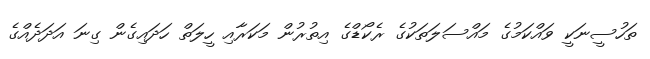
ތަހުސީނަކީ ވައްކަމުގެ މައްސަލަތަކުގެ ރެކޯޑްގެ އިތުރުން މަކަރާއި ހީލަތް ހަދައިގެން ގިނަ އަދަދެއްގެ